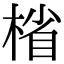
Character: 㮐